Annual report on the Civil Veterinary Department, Burma (including the Insein Veterinary School) - 1932-1941
Year: 1932
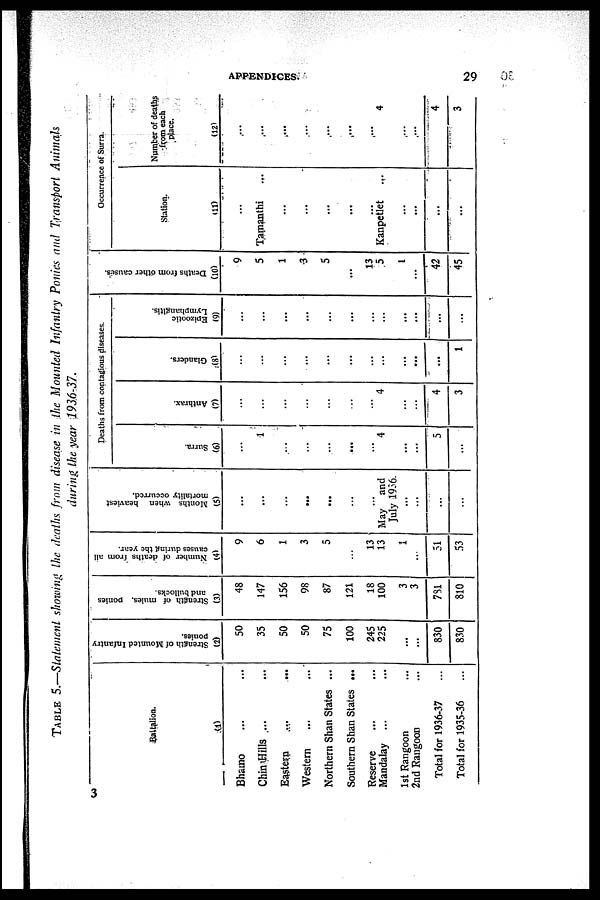
APPENDICES.
29
TABLE 5.—Statement showing the deaths from disease in the Mounted Infantry
Ponies and Transport
Animals
during the year
1936-37.
Battalion.
(1)
Bhamo ... ...
Chin Hills ... ...
Eastern ... ...
Western ... ...
Northern Shan States ...
Southern Shan States ...
Reserve ... ...
Mandalay ... ...
1st Rangoon ...
2nd Rangoon ...
Total for 1936-37 ...
Total for 1935-36 ...
Strength of Mounted Infantry
ponies.
(2)
50
35
50
50
75
100
245
225
...
...
830
830
Strength of mules, ponies
and bullocks.
(3)
48
147
156
98
87
121
18
100
3
3
781
810
Number of deaths from all
causes during the year.
(4)
9
6
1
3
5
...
13
13
1
..
51
53
Months when heaviest
mortality occurred.
(5)
...
...
...
...
...
...
...
May and
July 1936.
...
...
...
...
Deaths from contagious diseases.
Surra.
(6)
...
1
...
...
...
...
...
4
...
...
5
...
Anthrax.
(7)
...
...
...
...
...
...
...
4
...
...
4
3
Glanders.
(8)
...
...
...
...
...
...
...
...
...
...
...
1
Epizootic
Lymphangitis.
(9)
...
...
...
...
...
...
...
...
...
...
...
...
Deaths from other causes.
(10)
9
5
1
3
5
...
13
5
1
...
42
45
Occurrence of Surra.
Station.
(11)
...
Tamanthi ...
...
...
...
...
...
Kanpetlet ...
...
...
...
...
Number of deaths
from each
place.
(12)
...
...
...
...
...
...
...
4
...
...
4
3
3